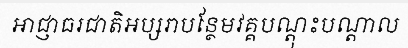
អាជ្ញាធរជាតិអប្សរាបន្ថែមវគ្គបណ្តុះបណ្តាល